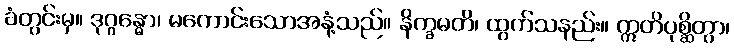
ခံတွင်းမှ။ ဒုဂ္ဂန္ဓော၊ မကောင်းသောအနံ့သည်။ နိက္ခမတိ၊ ထွက်သနည်း။ ဣတိပုစ္ဆိတွာ၊